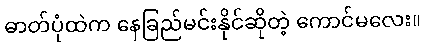
ဓာတ်ပုံထဲက နေခြည်မင်းနိုင်ဆိုတဲ့ ကောင်မလေး။